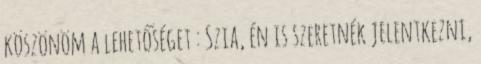
köszönöm a lehetőséget : Szia, én is szeretnék jelentkezni,